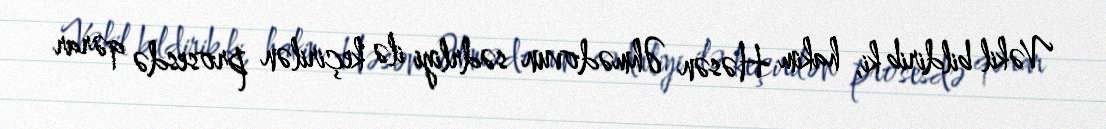
Vəkil bildirib ki, hakim Həsən Əhmədovun sədrliyi ilə keçirilən prosesdə qərar